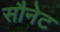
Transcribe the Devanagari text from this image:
सौनेट